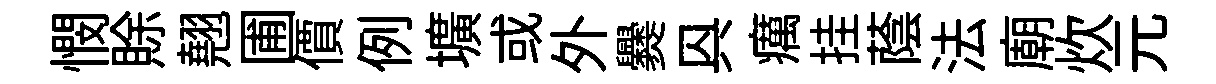
憫賖翹圃價例壙或外爨㒷癘挂蔭法廟炊元